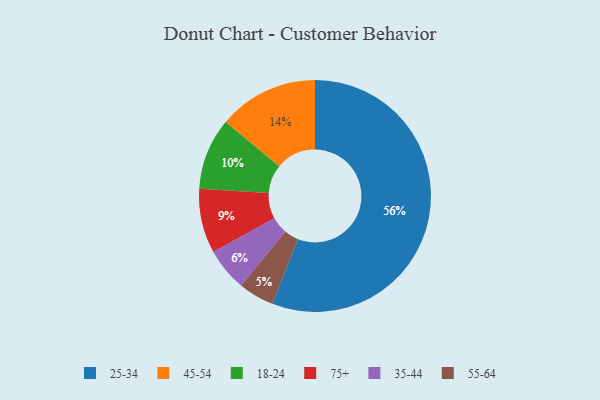
{"axis": {"x": "Category", "y": "Percentage"}, "legend": ["18-24", "25-34", "35-44", "45-54", "55-64", "75+"], "data": [{"x": "55-64", "y": 5, "type": "55-64"}, {"x": "35-44", "y": 6, "type": "35-44"}, {"x": "45-54", "y": 14, "type": "45-54"}, {"x": "18-24", "y": 10, "type": "18-24"}, {"x": "75+", "y": 9, "type": "75+"}, {"x": "25-34", "y": 56, "type": "25-34"}]}